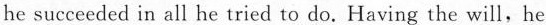
he succeeded in all he tried to do. Having the will,he